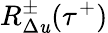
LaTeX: R_{\Delta\mathit{u}}^{\pm}(\tau^{+})